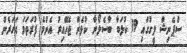
ސްޕެނިޝް ލީގުގައި 19 ކުލަބާ ބާސެލޯނާ ކުޅެން ޖެހޭއިރު އެންމެ ފުރަތަމަ އަހަރެން